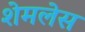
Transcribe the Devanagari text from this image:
शेमलेस